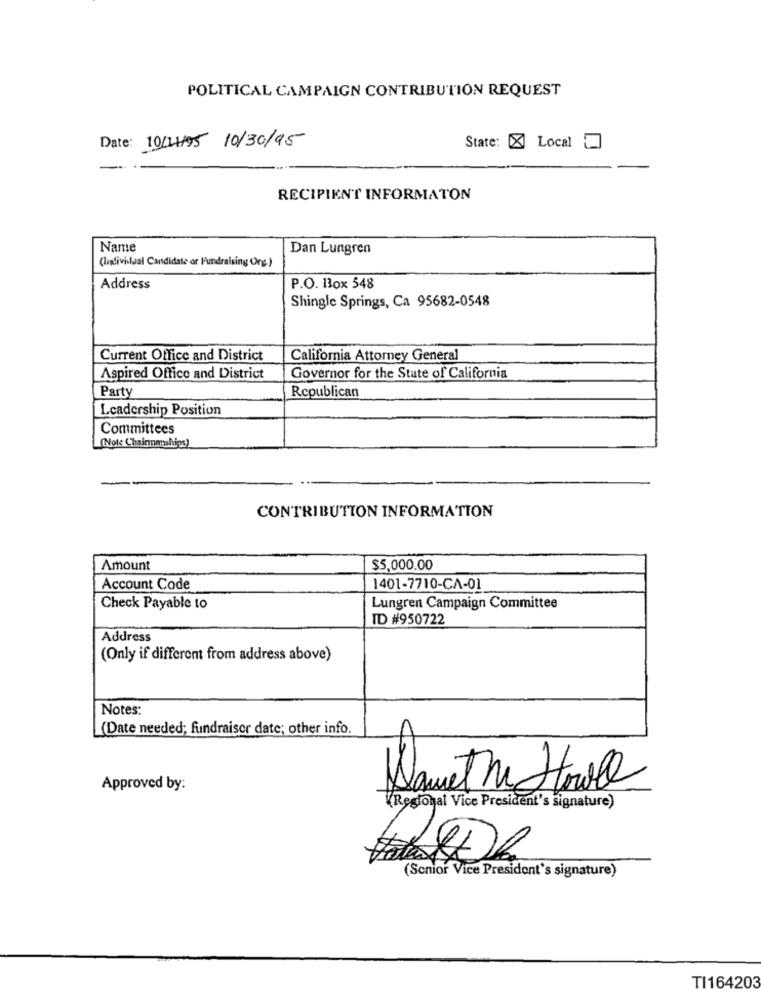
POLITICAL CAMPAIGN CONTRIBUTION REQUEST
State: [X Local
Date: 10/11/95 10/30/95
RECIPIENT INFORMATON
Name
Dan Lungren
(listivisual Candidate or Fundraising Org)
Address
P.O. Box 548
Shingle Springs, Ca 95682-0548
Current Office and District
California Attorney General
Aspired Office and District
Governor for the State of California
Party
Republican
Leadership Position
Committees
(Note Chainnanships)
CONTRIBUTION INFORMATION
Amount
$5,000.00
Account Code
1401-7710-CA-01
Check Payable to
Lungren Campaign Committee
ID #950722
Address
(Only if different from address above)
Notes:
(Date needed; fundraiser date; other info.
Approved by:
Samet M Howall
(Restogal Vice President's signature)
(Senior Vice President's signature)
TI164203